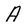
Character: A